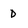
Character: d